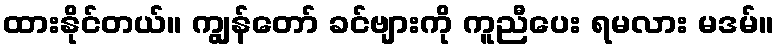
ထားနိုင်တယ်။ ကျွန်တော် ခင်ဗျားကို ကူညီပေး ရမလား မဒမ်။